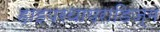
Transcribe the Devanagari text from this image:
हाइपरथायराडिज्म